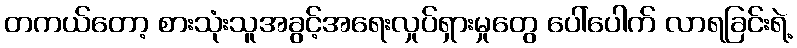
တကယ်တော့ စားသုံးသူအခွင့်အရေးလှုပ်ရှားမှုတွေ ပေါ်ပေါက် လာရခြင်းရဲ့